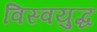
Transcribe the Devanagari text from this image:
विस्वयुद्ध